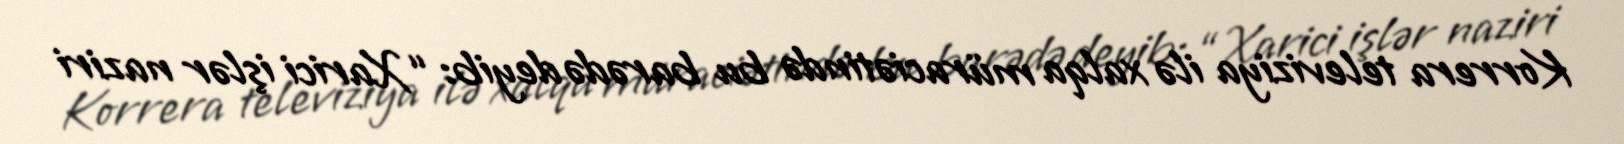
Korrera televiziya ilə xalqa müraciətində bu barədə deyib: “Xarici işlər naziri